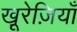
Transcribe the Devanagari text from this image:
खू़रेज़ियाँ